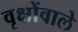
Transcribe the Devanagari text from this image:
वृक्षोंवाले